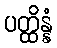
ပတ္ထိန္နံ